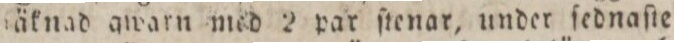
der, inbe???äknad awarn med 2 par ſtenar, under ſednaſte